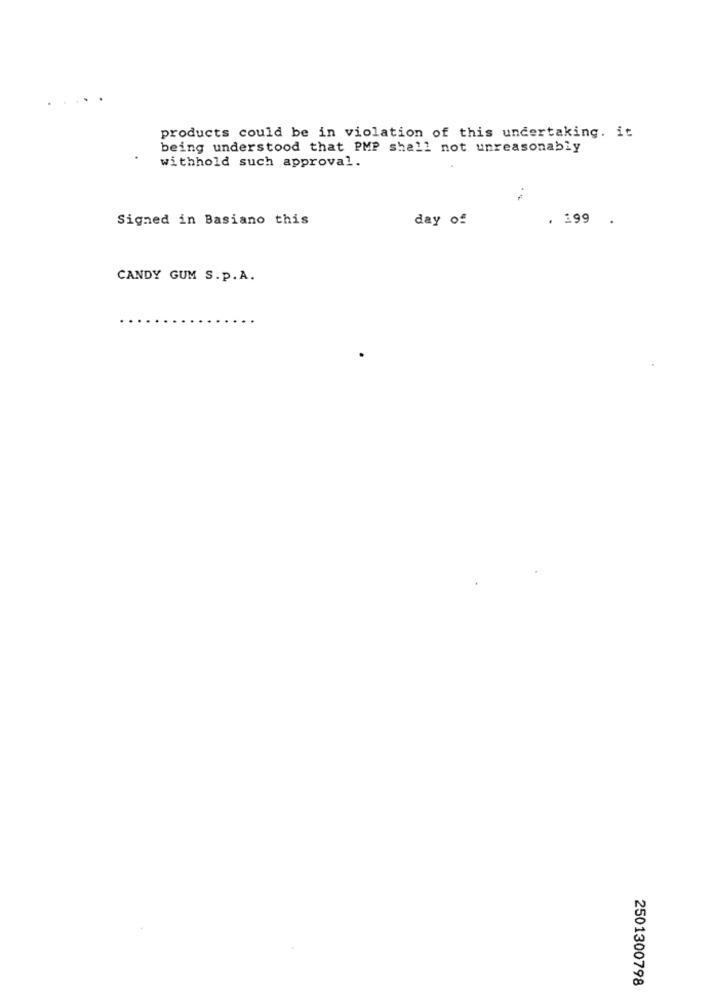
products could be in violation of this undertaking. it
being understood that PMP shall not unreasonably
withhold such approval.
Signed in Basiano this
day of
. 199 .
CANDY GUM S.p.A.
2501300798